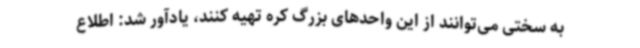
به سختی می‌توانند از این واحدهای بزرگ کره تهیه کنند، یادآور شد: اطلاع